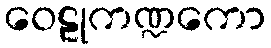
ဝေဠုကဏ္ဍကော